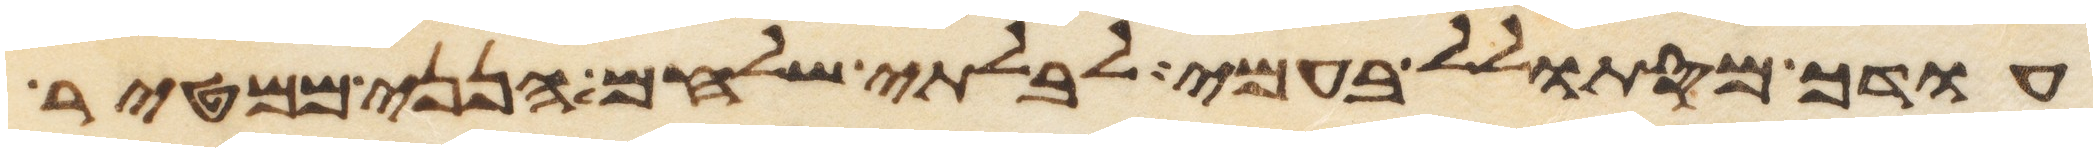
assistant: עודך מסתולל בעמי לבלתי שלחם הנני ממטיר